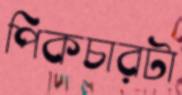
পিকচারটা